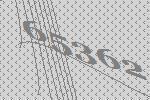
65362